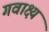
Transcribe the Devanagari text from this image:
गवाक्ष्य